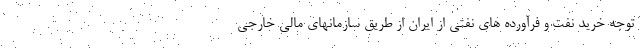
توجه خرید نفت و فرآورده های نفتی از ایران از طریق سازمانهای مالی خارجی